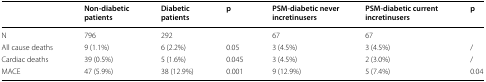
<table><thead><tr><td></td><td><b>Non-diabetic patients</b></td><td><b>Diabetic patients</b></td><td><b>p</b></td><td><b>PSM-diabetic never incretinusers</b></td><td><b>PSM-diabetic current incretinusers</b></td><td><b>p</b></td></tr></thead><tbody><tr><td>N</td><td>796</td><td>292</td><td></td><td>67</td><td>67</td><td></td></tr><tr><td>All cause deaths</td><td>9 (1.1%)</td><td>6 (2.2%)</td><td>0.05</td><td>3 (4.5%)</td><td>3 (4.5%)</td><td>/</td></tr><tr><td>Cardiac deaths</td><td>39 (0.5%)</td><td>5 (1.6%)</td><td>0.045</td><td>3 (4.5%)</td><td>2 (3.0%)</td><td>/</td></tr><tr><td>MACE</td><td>47 (5.9%)</td><td>38 (12.9%)</td><td>0.001</td><td>9 (12.9%)</td><td>5 (7.4%)</td><td>0.04</td></tr></tbody></table>